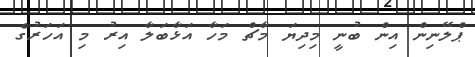
ޕްލޭނިން އިން ބުނީ މިދިޔަ މާޗް މަހާ އަޅާބަލާ އިރު މި އަހަރުގެ